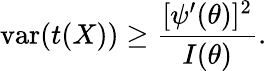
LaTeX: \operatorname{var}(t(X))\geq{\frac{[\psi^{\prime}(\theta)]^{2}}{I(\theta)}}.